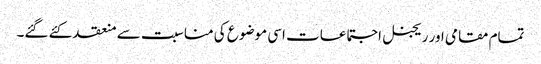
تمام مقامی اور ریجنل اجتماعات اسی موضوع کی مناسبت سے منعقد کئے گئے۔